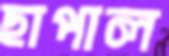
ছাপাল